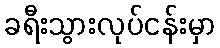
ခရီးသွားလုပ်ငန်းမှာ